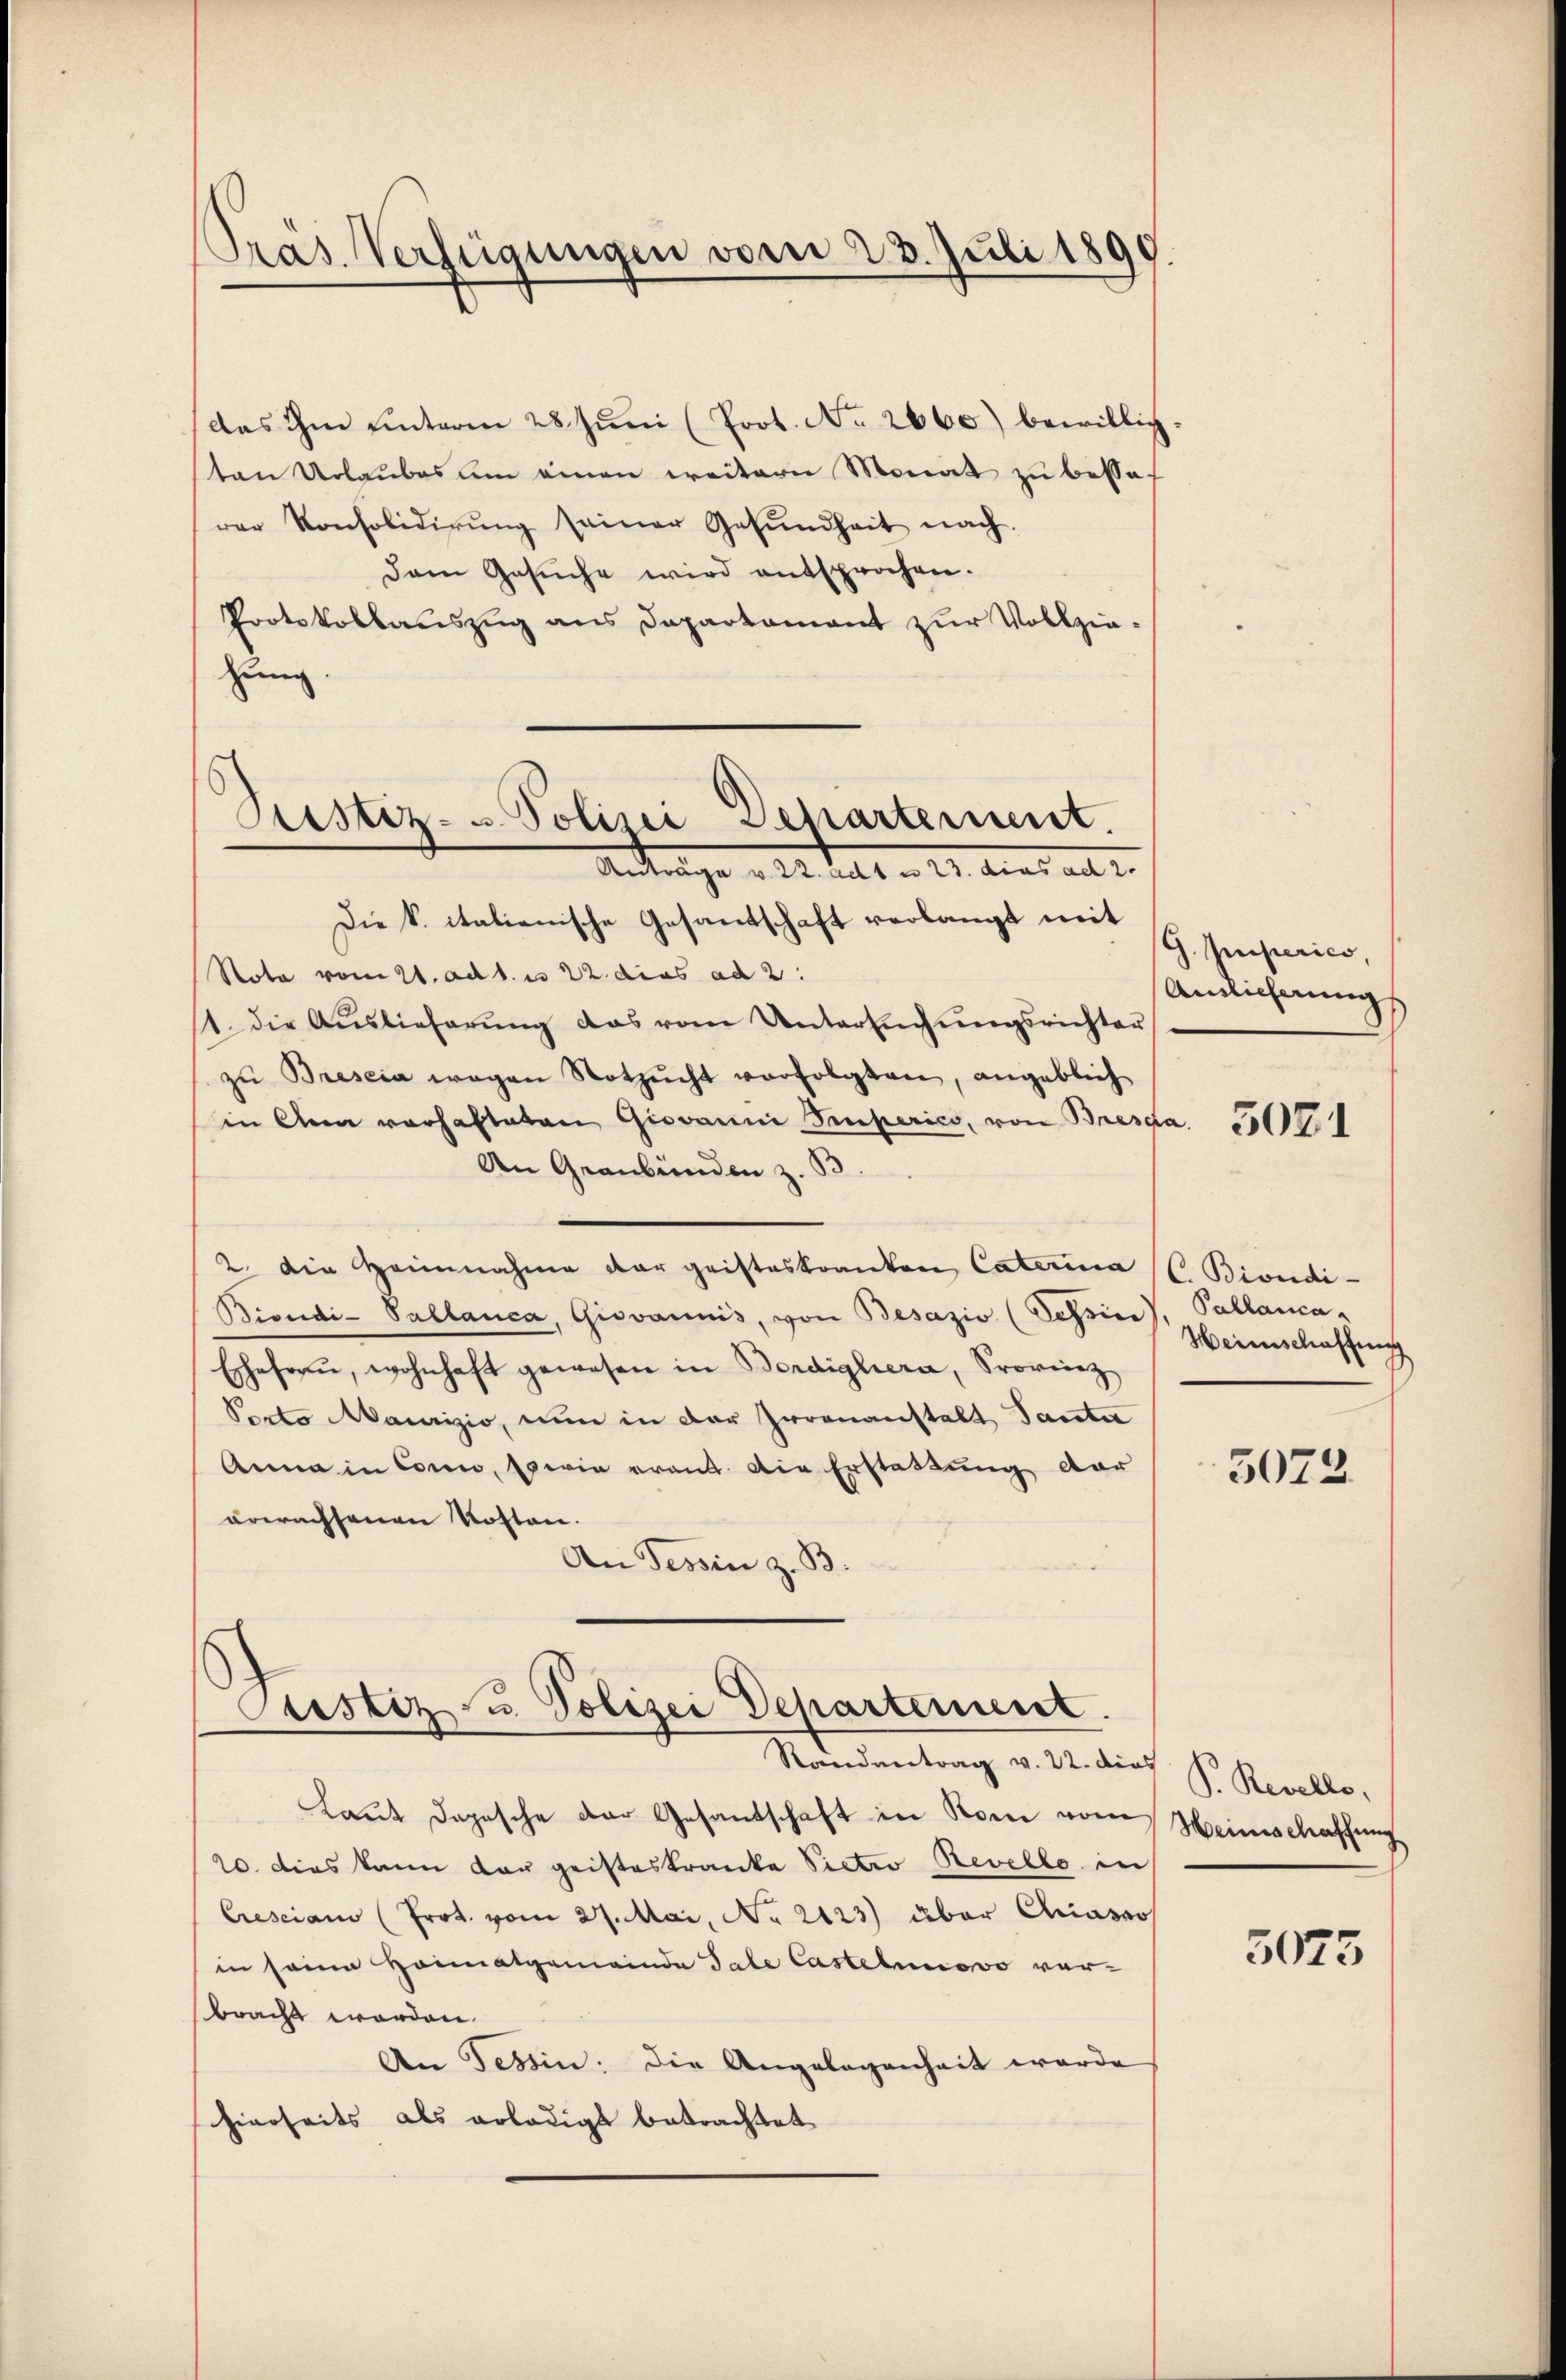
Pras. Verfügungen vom 23. Juli 1890.

das ihm unterm 28. Juni (Prot. No. 2660) bewillig.
ten Urlaubes um einen weiteren Monat zu bessel
rer Konsolidirŭng seiner Gesŭndheit nach.
Dem Gesŭche wird entsprochen.
Protokollauszug aus Departament zur Vollziehung.
Die k. italienische Gesandschaft verlangt mit
Nota vom 21. ad 1. es 22. dies ad 2.
1. die Auslieferŭng das vom Untereichŭngsrichter
zŭ Brescia wegen Notzŭcht verfolgten, angeblich
in den vorhafteten Giovanni Superico, von Bescha
An Graubünden z. B.
2. Die Heinnahme der geisteskranken, Caterina (C Biondi-
Biondi-Pallanca, Giovannis, von Besazio (Tessin, Pallanca-
Eschefrau, wohnhaft gewesen in Berdighiera, Provinz
Porto Maurizio, nun in der Irrenanstalt Tante
Anna in Corno, sein erant. Die Erstattung dar
erwachsenen Kosten.
An Tessin z. B.
Justiz u. Polizei Departement.
Randantrag v. 22. dies
Laut dopesche der Gesandschaft in Rom vom Heinschaffung
20. dies kann dar geisteskranke Pietro Revello in
Cresciam (Prot. vom 27. Mai, No 2123) über Chiasso
in seine Heimatgemeinde Tale Castehenevo ver-
bracht worden.
An Tessin: Die Angelegenheit werde
hierseits als erledigt betrachtet.

Justiz- u Polizei Departement.
Antrage . 22. dato a 12. dies alle

G. Imperico
Anlicherung

5071

Heinschaffung

3073.

P. Revello,

5075